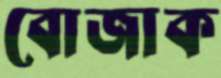
বোজাক